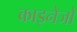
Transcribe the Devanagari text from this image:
काइनेजों